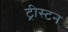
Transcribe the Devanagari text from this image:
ट्रीस्टन